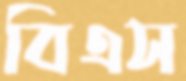
বিএস